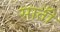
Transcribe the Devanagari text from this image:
सातोँ